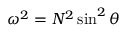
\omega ^ { 2 } = N ^ { 2 } \sin ^ { 2 } \theta